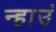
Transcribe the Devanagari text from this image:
न्हाउं